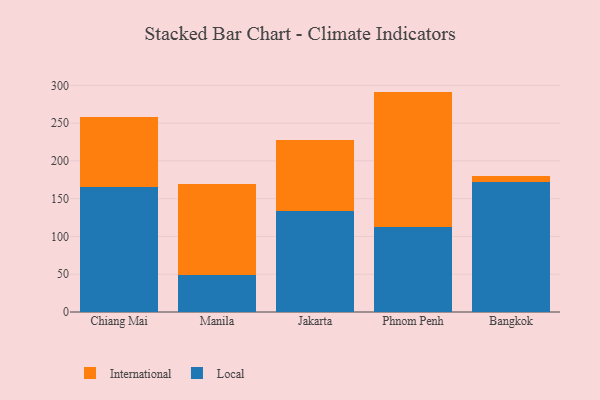
{"axis": {"x": "City", "y": "Energy Usage (MWh)"}, "legend": ["International", "Local"], "data": [{"x": "Chiang Mai", "y": 165.9, "type": "Local"}, {"x": "Chiang Mai", "y": 92.1, "type": "International"}, {"x": "Manila", "y": 49.1, "type": "Local"}, {"x": "Manila", "y": 120.7, "type": "International"}, {"x": "Jakarta", "y": 134.1, "type": "Local"}, {"x": "Jakarta", "y": 92.9, "type": "International"}, {"x": "Phnom Penh", "y": 112.2, "type": "Local"}, {"x": "Phnom Penh", "y": 179.5, "type": "International"}, {"x": "Bangkok", "y": 172.3, "type": "Local"}, {"x": "Bangkok", "y": 7.5, "type": "International"}]}